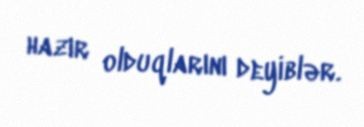
hazır olduqlarını deyiblər.